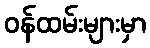
ဝန်ထမ်းများမှာ